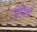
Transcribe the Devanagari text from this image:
हडौती